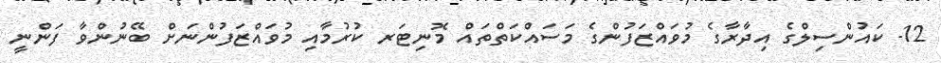
12- ކައުންސިލްގެ އިދާރާގެ މުވައްޒަފުންގެ މަސައްކަތްތައް މޮނިޓަރ ކުރުމާއި މުވައްޒަފުންނަށް ބޭނުންވާ ފަންނީ